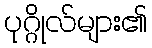
ပုဂ္ဂိုလ်များ၏